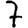
Digit: 7